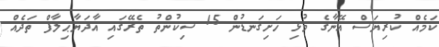
ކަމެއް ކުރިޔަސް އޭނާގެ މުޅި ހަށިގަނޑުން 15 ސިކުންތު ތެރޭގައި އާދަޔާޙިލާފް ތަދެއް